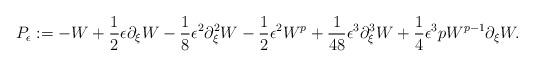
LaTeX: \begin{align*}P_{\epsilon} := - W + \frac{1}{2} \epsilon \partial_{\xi} W - \frac{1}{8} \epsilon^2 \partial_{\xi}^2 W- \frac{1}{2} \epsilon^2 W^p + \frac{1}{48} \epsilon^3 \partial_{\xi}^3 W + \frac{1}{4} \epsilon^3 p W^{p-1} \partial_{\xi} W.\end{align*}